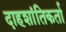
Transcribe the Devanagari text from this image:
दाहशांतिकर्ता